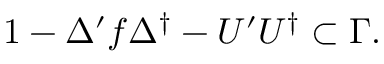
1 - \Delta ^ { \prime } f \Delta ^ { \dag } - U ^ { \prime } U ^ { \dag } \subset \Gamma .